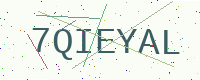
Text: 7QIEYAL